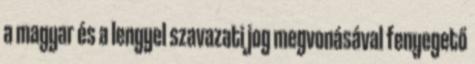
a magyar és a lengyel szavazati jog megvonásával fenyegető